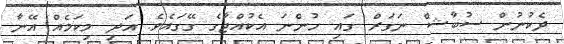
ދެކުނުން ސުބާޝް ނަގަރް ގައި ހުންނަ އެކުއްޖާގެ ގޭގައެވެ. އަދި މިކަމެއް އޭނާ